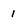
Character: 1